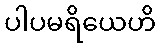
ပါပမရိယေဟိ